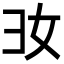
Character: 𢑒